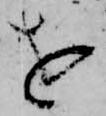
を